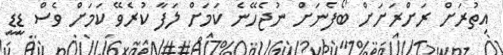
އިތުރަށް ރަށްރަށަށް ބޯފެނަށް ނުޖެހޭނެ ކަމަށް ލަފާ ކުރެވޭ ކަމަށް ވެސް ޑީޑީ